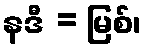
နဒီ = မြစ်၊